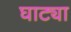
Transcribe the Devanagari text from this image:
घाट्या